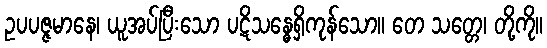
ဥပပဇ္ဇမာနေ၊ ယူအပ်ပြီးသော ပဋိသန္ဓေရှိကုန်သော။ တေ သတ္တေ၊ တို့ကို။